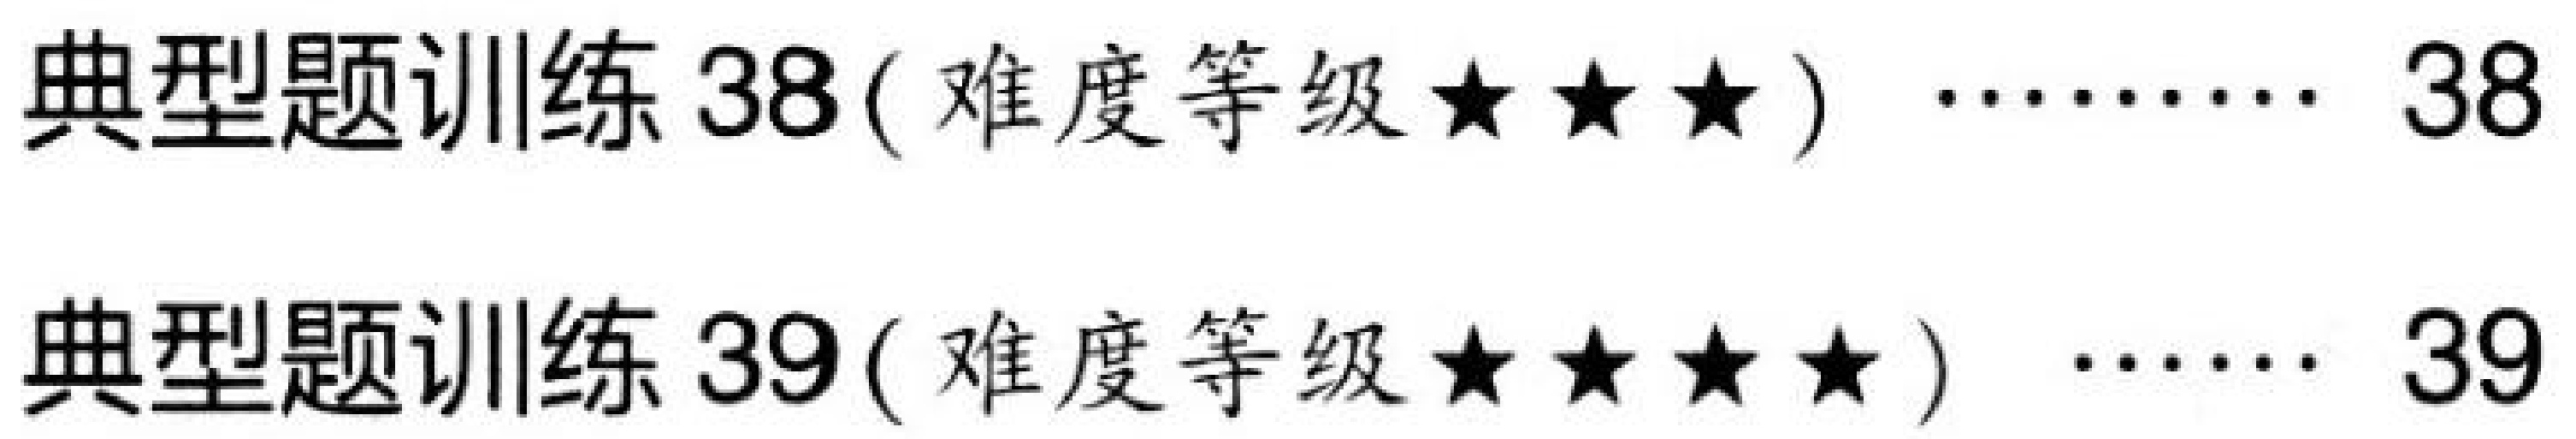
典型题训练 38( 难度等级$\star\star\star$) $\cdots\cdots$ 38
典型题训练 39( 难度等级$\star\star\star\star$) $\cdots\cdots$ 39